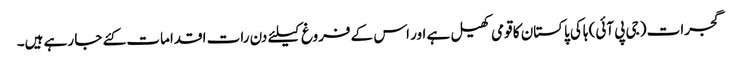
گجرات (جی پی آئی) ہاکی پاکستان کا قومی کھیل ہے اور اس کے فروغ کیلئے دن رات اقدامات کئے جا رہے ہیں۔